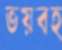
ভয়বহ